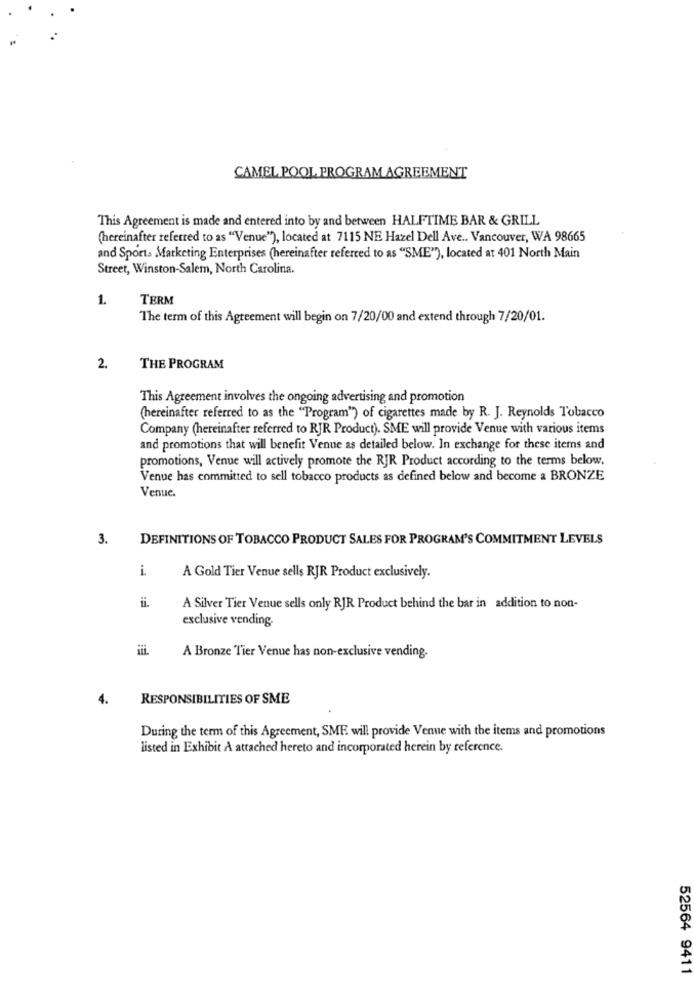
CAMEL POOL PROGRAM AGREEMENT
This Agreement is made and entered into by and between HALFTIME BAR & GRILL
(hereinafter referred to as "Venue"), located at 7115 NE Hazel Dell Ave .. Vancouver, WA 98665
and Sport. Marketing Enterprises (hereinafter referred to as "SME"), located at 401 North Main
Street, Winston-Salem, North Carolina.
1.
TERM
The term of this Agreement will begin on 7/20/00 and extend through 7/20/01.
2.
THE PROGRAM
This Agreement involves the ongoing advertising and promotion
(hereinafter referred to as the "Program") of cigarettes made by R. J. Reynolds Tobacco
Company (hereinafter referred to RJR Product). SME will provide Venue with various items
and promotions that will benefit Venue as detailed below. In exchange for these items and
promotions, Venue will actively promote the RJR Product according to the terms below.
Venue has committed to sell tobacco products as defined below and become a BRONZE
Venue.
3.
DEFINITIONS OF TOBACCO PRODUCT SALES FOR PROGRAM'S COMMITMENT LEVELS
i
A Gold Tier Venue sells RJR Product exclusively.
ii.
A Silver Tier Venue sells only RJR Product behind the bar in addition to non-
exclusive vending.
A Bronze Tier Venue has non-exclusive vending-
4.
RESPONSIBILITIES OF SME
During the term of this Agreement, SME will provide Venue with the items and promotions
listed in Exhibit A attached hereto and incorporated herein by reference.
52564 9411